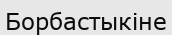
Борбастыкіне